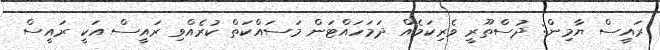
ރައީސް ޔާމިން: ދުސްތޫރީ ވެރިކަމެއް ދަމަހައްޓަން މަސައްކަތް ކުރެއްވި ރައީސް އަކީ ރައީސް